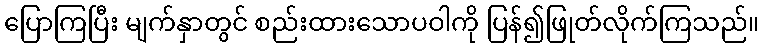
ပြောကြပြီး မျက်နှာတွင် စည်းထားသောပဝါကို ပြန်၍ဖြုတ်လိုက်ကြသည်။